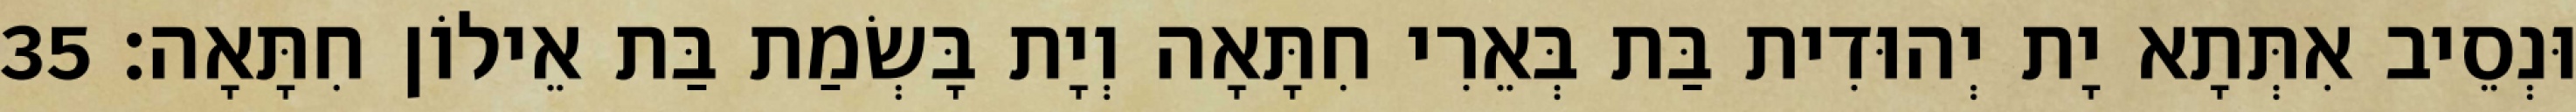
וּנְסֵיב אִתְּתָא יָת יְהוּדִית בַּת בְּאֵרִי חִתָּאָה וְיָת בָּשְׂמַת בַּת אֵילוֹן חִתָּאָה׃ 35